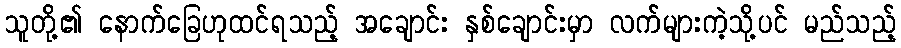
သူတို့၏ နောက်ခြေဟုထင်ရသည့် အချောင်း နှစ်ချောင်းမှာ လက်များကဲ့သို့ပင် မည်သည့်